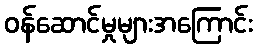
ဝန်ဆောင်မှုများအကြောင်း